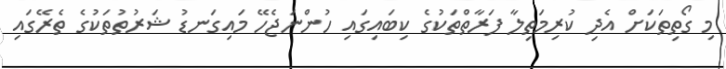
މި ގޯތިތަކަށް އެދި ކުރިމަތިލާ ފަރާތްތަކުގެ ކިބައިގައި ހުންނަޖެހޭ މައިގަނޑު ޝަރުތުތަކުގެ ތެރޭގައި